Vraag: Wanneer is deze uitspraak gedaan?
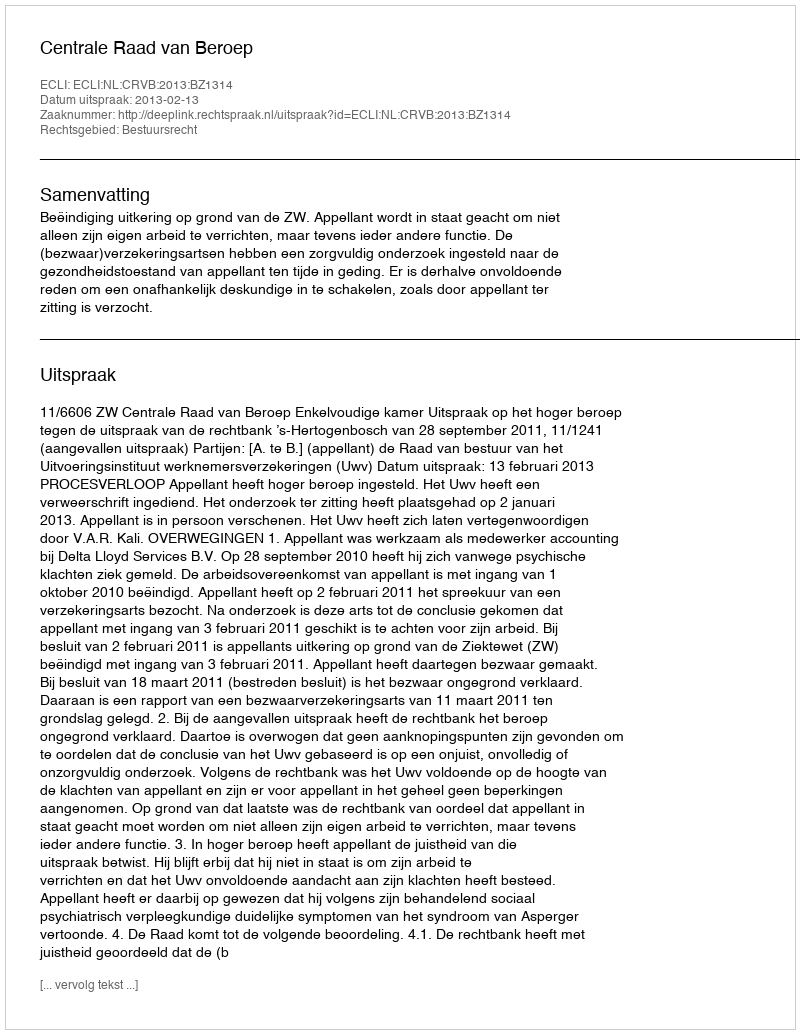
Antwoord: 2013-02-13